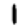
Digit: 1